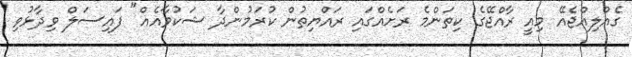
ގެއްލިއްޖެއޭ މިއީ ރާއްޖޭގެ ކިތަންމެ ރަށެއްގައި ރައްޔިތުން ކުރަމުންދާ ޝަކުވާއެއް" ފައިސަލް ވިދާޅުވި